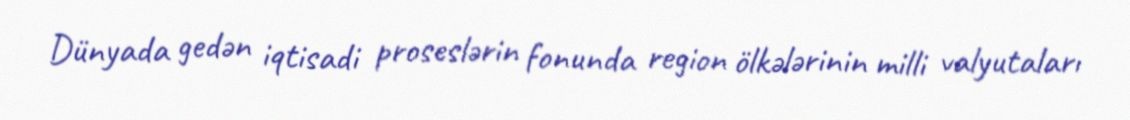
Dünyada gedən iqtisadi proseslərin fonunda region ölkələrinin milli valyutaları